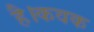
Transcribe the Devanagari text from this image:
है।कवक